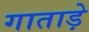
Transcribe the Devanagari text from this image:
गाताड़े